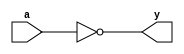
// Module initialization
module inverter(
  input   a,      // input declaration
  output  y       // output declaration
);
  assign y = ~a;  // Assigning output value
endmodule